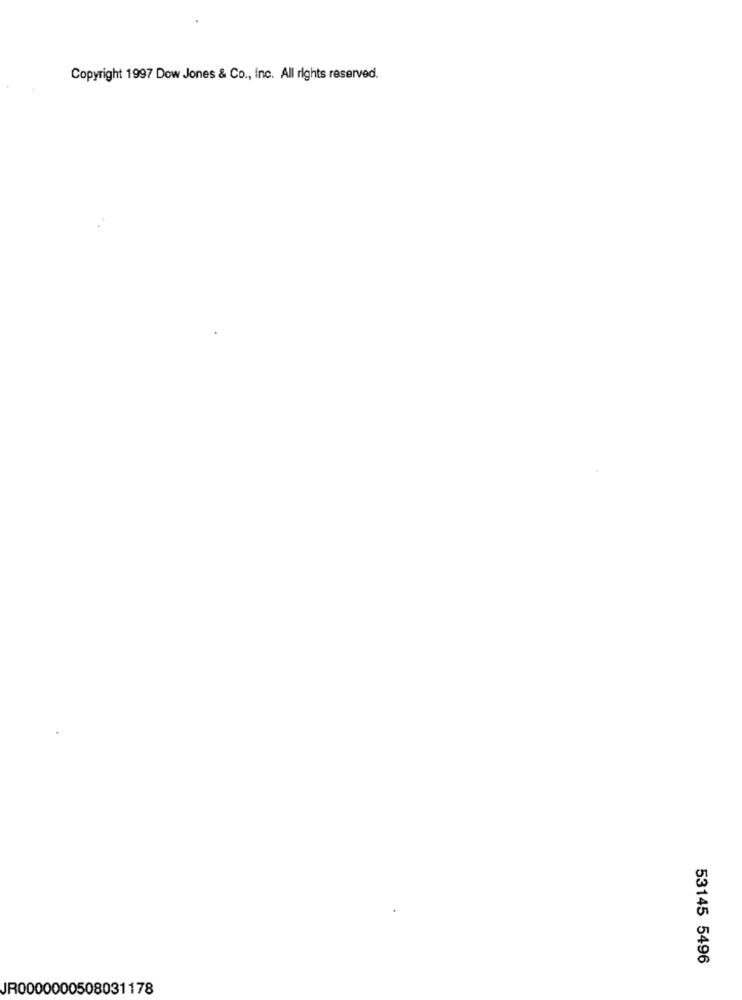
Copyright 1997 Dow Jones & Co ., Inc. All rights reserved.
53145 5496
JR0000000508031178